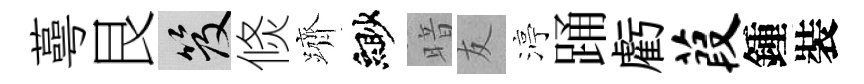
蕚艮笈倐躋緲暗友渟踊虧葭鍾裝